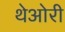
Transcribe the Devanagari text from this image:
थेओरी